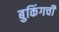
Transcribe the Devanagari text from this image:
बुकिंगची